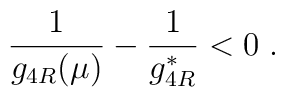
\frac{1}{g_{4R}(\mu)}-\frac{1}{g_{4R}^*} < 0\;.